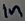
Text: In